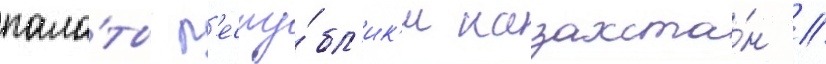
пала́ты р'еспу́бл'ик'и казахста́н //